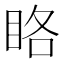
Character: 䀩